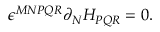
\epsilon ^ { M N P Q R } \partial _ { N } H _ { P Q R } = 0 .